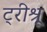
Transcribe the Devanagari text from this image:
ट्रीश्रू